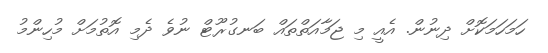
ހަމަހަމަކޮށް ދިނުން. އެއީ މި ޖަމާއަތްތައް ބަނގުރޫޓް ނުވެ ދެމި އޮތުމަށް މުހިންމު